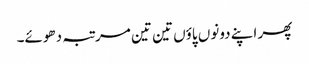
پھر اپنے دونوں پاؤں تین تین مرتبہ دھوئے۔